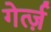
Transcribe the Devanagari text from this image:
गेर्त्ज़